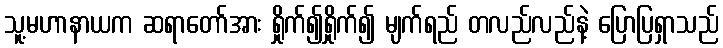
သူ့မဟာနာယက ဆရာတော်အား ရှိုက်၍ရှိုက်၍ မျက်ရည် တလည်လည်နဲ့ ပြောပြရှာသည်